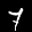
Label: 7